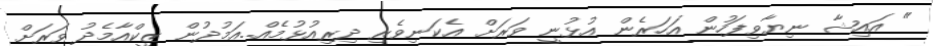
" އައިޝާ ނިޔާވިފަހުން އަހަރެން އުޅުނީ ވަރަށް އެކަނިވެރި ދިރިއުޅުމެއް..އަމުދުން ޒީކްއާމެދު ވަރަށް